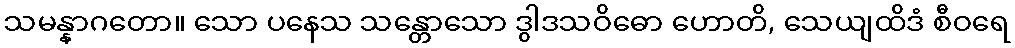
သမန္နာဂတော။ သော ပနေသ သန္တောသော ဒွါဒသဝိဓော ဟောတိ, သေယျထိဒံ စီဝရေ